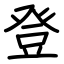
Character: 登